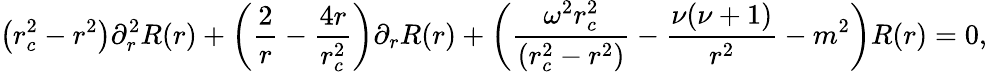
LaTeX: \left(r_{c}^{2}-r^{2}\right)\partial_{r}^{2}R(r)+\left(\frac{2}{r}-\frac{4r}{r_{c}^{2}}\right)\partial_{r}R(r)+\left(\frac{\omega^{2}r_{c}^{2}}{(r_{c}^{2}-r^{2})}-\frac{\nu(\nu+1)}{r^{2}}-m^{2}\right)R(r)=0,